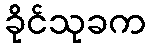
ခိုင်သုခက